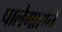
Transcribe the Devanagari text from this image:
पालेगाराने